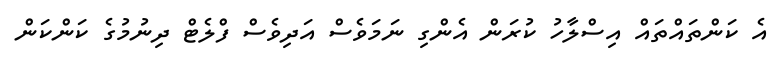
އެ ކަންތައްތައް އިސްލާހު ކުރަން އެންގި ނަމަވެސް އަދިވެސް ފްލެޓް ދިނުމުގެ ކަންކަން